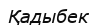
Қадыбек